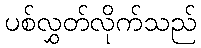
ပစ်လွှတ်လိုက်သည်